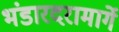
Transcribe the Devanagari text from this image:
भंडारदरामार्गे